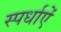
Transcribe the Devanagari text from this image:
स्पर्धाऐं